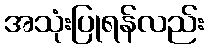
အသုံးပြုရန်လည်း